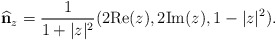
\begin{align*}\widehat{\bf n}_z=\frac{1}{1+\vert z\vert^2}(2{\rm Re}(z), 2{\rm Im}(z),1-\vert z\vert^2).\end{align*}